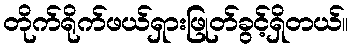
တိုက်ရိုက်ဖယ်ရှားဖြုတ်ခွင့်ရှိတယ်။